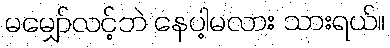
မမျှော်လင့်ဘဲ နေပါ့မလား သားရယ်။